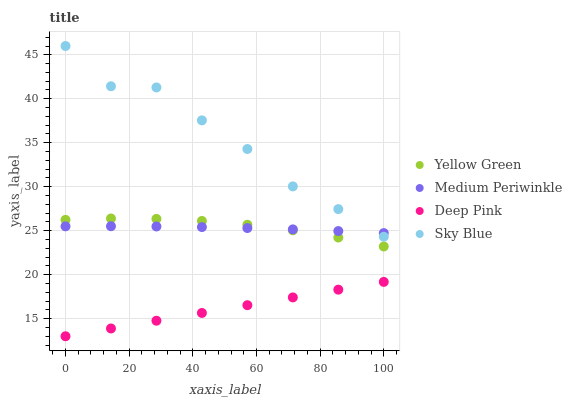
| xaxis_label | Yellow Green | Medium Periwinkle | Deep Pink | Sky Blue |
 | --- | --- | --- | --- | --- |
 | 0 | 26.2 | 25.5 | 13 | 46 |
 | 14.3 | 26.4 | 25.5 | 13.9 | 41.4 |
 | 28.6 | 26.3 | 25.5 | 14.8 | 41.3 |
 | 42.9 | 26.1 | 25.4 | 15.6 | 37.5 |
 | 57.1 | 25.7 | 25.3 | 16.5 | 34.3 |
 | 71.4 | 25 | 25.2 | 17.4 | 30 |
 | 85.7 | 24.2 | 25 | 18.3 | 27.5 |
 | 100 | 23.2 | 24.7 | 19.2 | 24.3 |